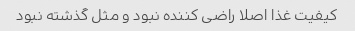
کیفیت غذا اصلا راضی کننده نبود و مثل گذشته نبود